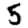
Digit: 5